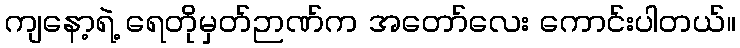
ကျနော့ရဲ့ ရေတိုမှတ်ဉာဏ်က အတော်လေး ကောင်းပါတယ်။